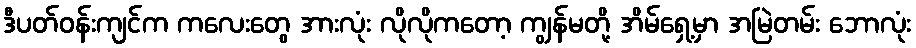
ဒီပတ်ဝန်းကျင်က ကလေးတွေ အားလုံး လိုလိုကတော့ ကျွန်မတို့ အိမ်ရှေ့မှာ အမြဲတမ်း ဘောလုံး